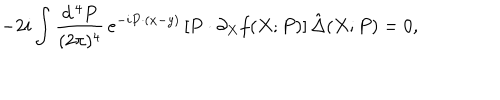
- 2 i \int \frac { d ^ { \, 4 } P } { ( 2 \pi ) ^ { 4 } } \, e ^ { - i P \cdot ( x - y ) } \left[ P \cdot \partial _ { X } f ( X ; P ) \right] \hat { \Delta } ( X ; P ) = 0 ,